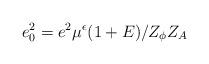
LaTeX: \begin{align*}e_0^2 =e^2 \mu^{\epsilon} (1+E)/Z_\phi Z_A \end{align*}